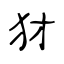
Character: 犲